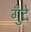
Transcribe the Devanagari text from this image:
गुँदे